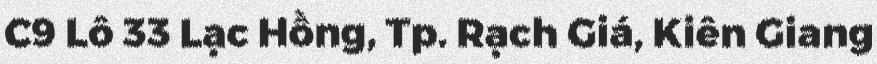
C9 Lô 33 Lạc Hồng, Tp. Rạch Giá, Kiên Giang